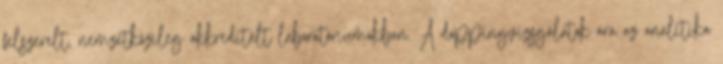
felszerelt, nemzetközileg akkreditált laboratóriumokban. A doppingvizsgálatok ára az analitika